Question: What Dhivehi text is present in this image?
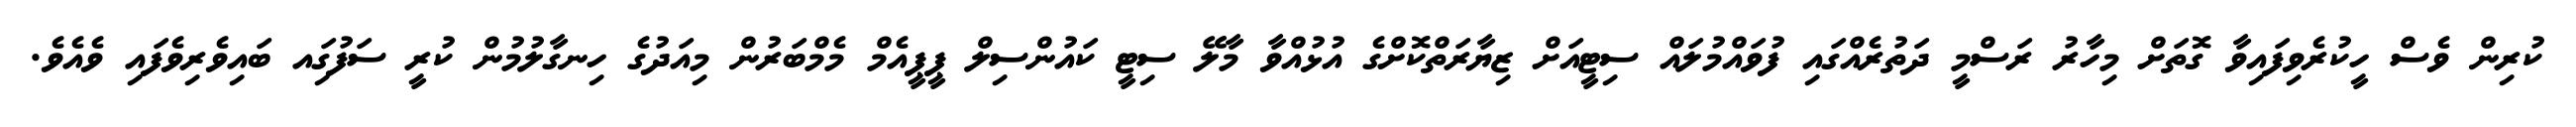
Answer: ކުރިން ވެސް ހީކުރެވިފައިވާ ގޮތަށް މިހާރު ރަސްމީ ދަތުރެއްގައި ފުވައްމުލައް ސިޓީއަށް ޒިޔާރަތްކޮށްގެ އުޅުއްވާ މާލޭ ސިޓީ ކައުންސިލް ޕީޕީއެމް މެމްބަރުން މިއަދުގެ ހިނގާލުމުން ކުރީ ސަފުގަިއ ބައިވެރިވެފައި ވެއެވެ.